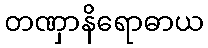
တဏှာနိရောဓာယ